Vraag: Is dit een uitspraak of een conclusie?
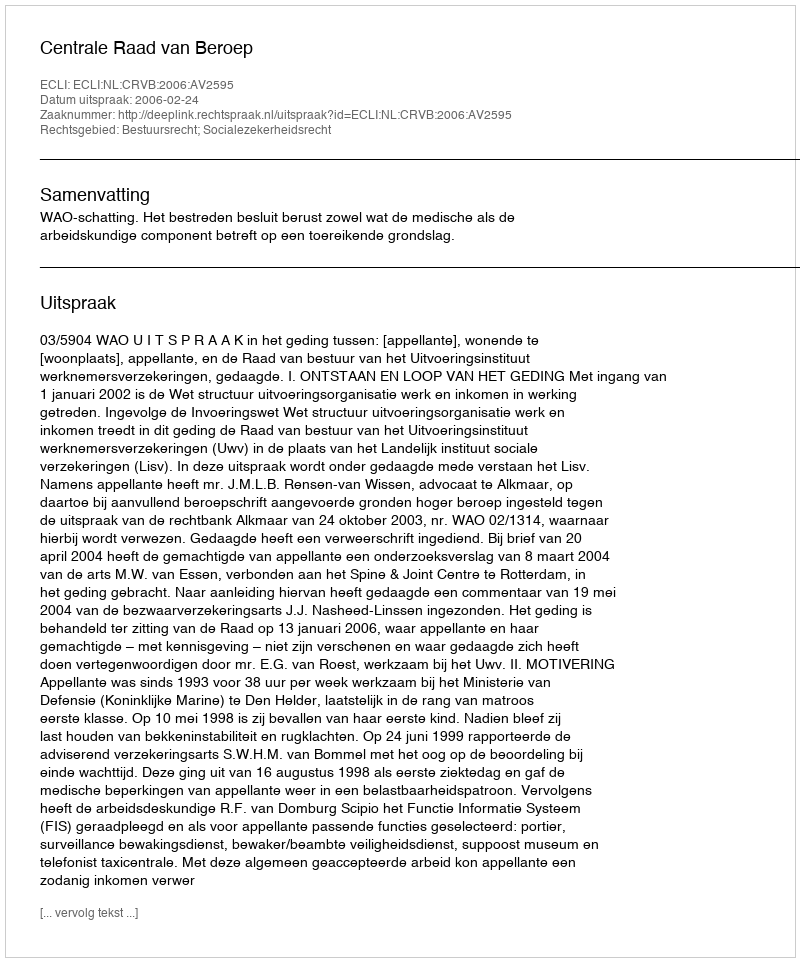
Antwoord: Uitspraak